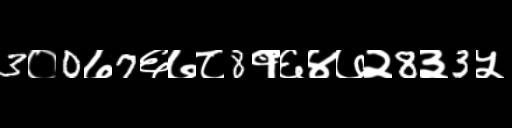
Text: 3०0७7६७८8१६४७२8३3५